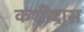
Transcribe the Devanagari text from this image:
कशीदास